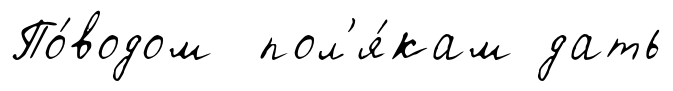
По́водом пол'я́кам дать